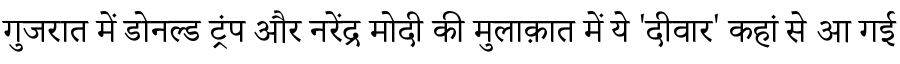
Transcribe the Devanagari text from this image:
गुजरात में डोनल्ड ट्रंप और नरेंद्र मोदी की मुलाक़ात में ये 'दीवार' कहां से आ गई